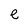
Character: e